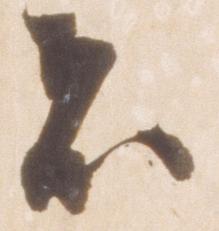
者